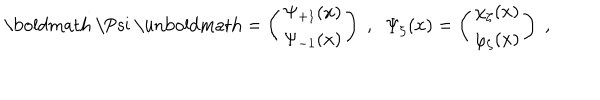
LaTeX: \mathrm { \boldmath ~ \Psi ~ \ u n b o l d m a t h } = \left( \begin{array} { c } { { \Psi _ { + 1 } ( x ) } } \\ { { \Psi _ { - 1 } ( x ) } } \\ \end{array} \right) \; , \; \; \Psi _ { \zeta } ( x ) = \left( \begin{array} { c } { { \chi _ { \zeta } ( x ) } } \\ { { \varphi _ { \zeta } ( x ) } } \\ \end{array} \right) \; ,